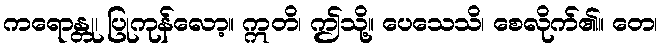
ကရောန္တု၊ ပြုကုန်လော့။ ဣတိ၊ ဤသို့။ ပေသေသိ၊ စေလိုက်၏။ တေ၊